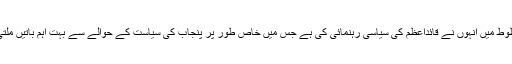
ان خطوط میں انہوں نے قائداعظم کی سیاسی رہنمائی کی ہے جس میں خاص طور پر پنجاب کی سیاست کے حوالے سے بہت اہم باتیں ملتی ہیں۔